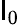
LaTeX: \mathsf{l}_{0}